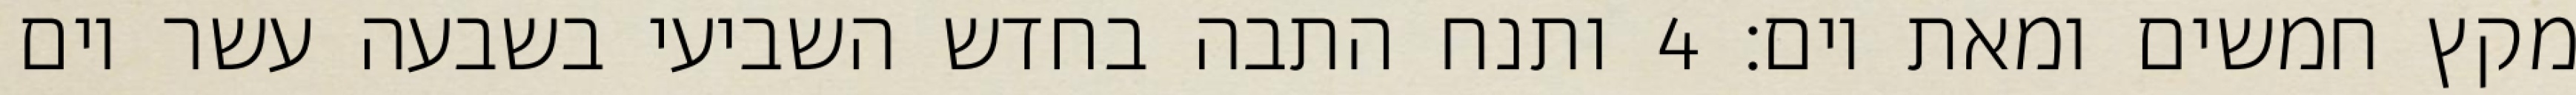
מקץ חמשים ומאת יום׃ ‎4‏ ותנח התבה בחדש השביעי בשבעה עשר יום